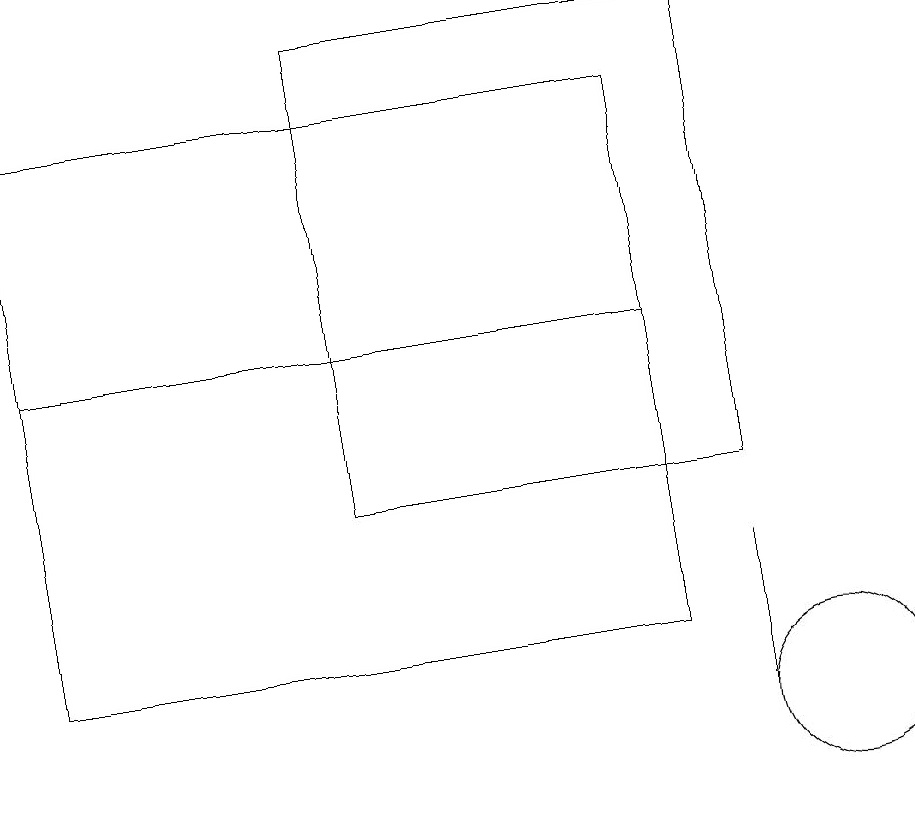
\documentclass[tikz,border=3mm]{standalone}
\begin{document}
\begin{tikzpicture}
\draw (9,10) rectangle (9,12);
\draw (10,10) circle (1);
\draw (9,13) rectangle (4,19);
\draw (8,11) rectangle (0,15);
\draw (8,11) rectangle (0,18);
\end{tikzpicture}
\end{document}